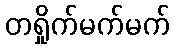
တရှိုက်မက်မက်